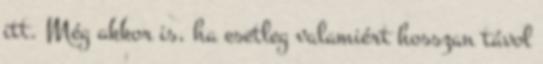
itt. Még akkor is, ha esetleg valamiért hosszan távol